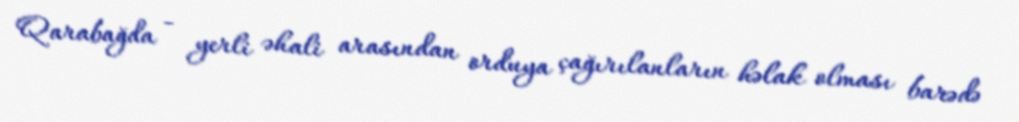
Qarabağda - yerli əhali arasından orduya çağırılanların həlak olması barədə